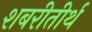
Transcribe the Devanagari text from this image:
शबरीतीर्थ